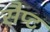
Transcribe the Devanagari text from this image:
सैप्ट